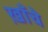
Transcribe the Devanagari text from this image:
ख़ाँचे